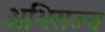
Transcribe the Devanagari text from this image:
अभिराज्य